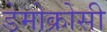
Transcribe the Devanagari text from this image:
डेमोक्रोसी